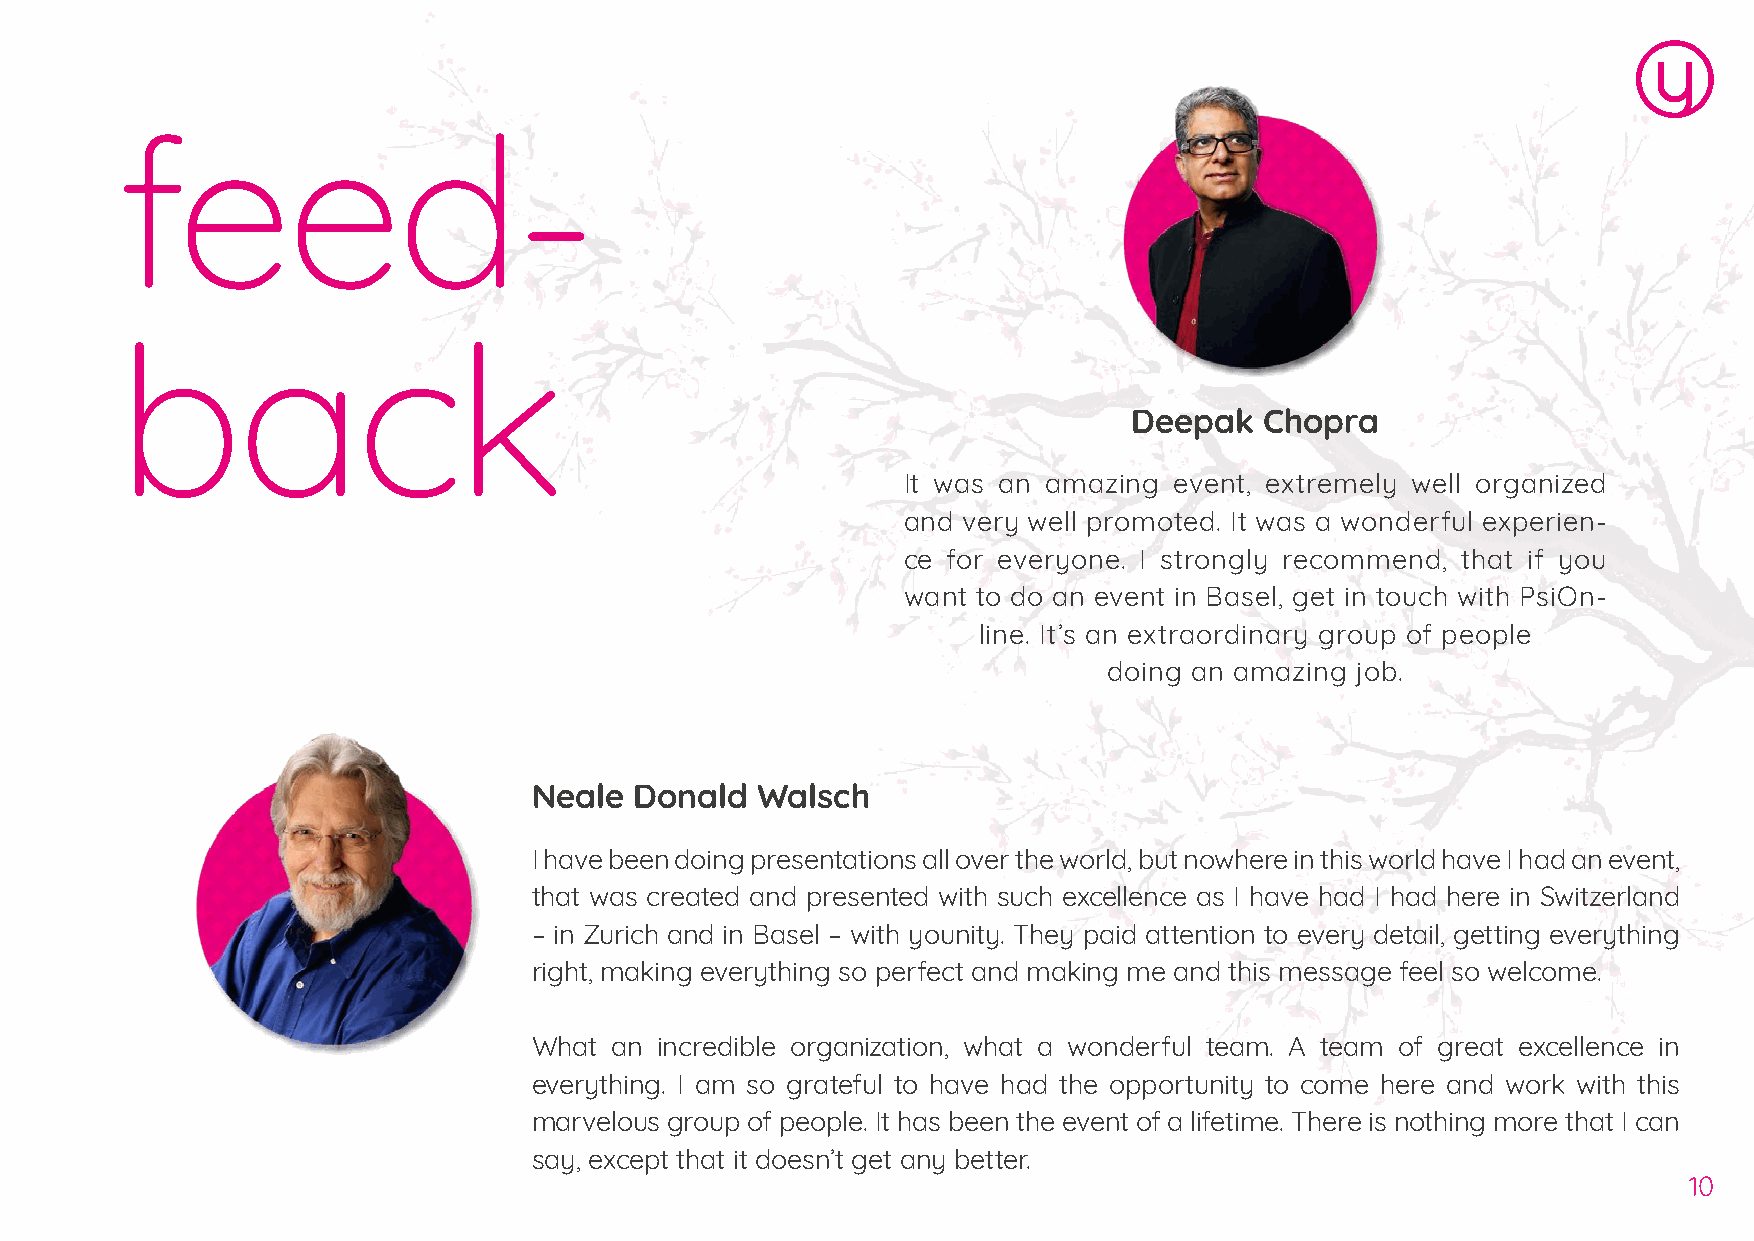
feed-
 back
 Deepak   Chopra
 It was an amazing event, extremely well organized
 and very well promoted. It was a wonderful experien-
 ce for everyone. I strongly recommend, that if you
 want to do an event in Basel, get in touch with PsiOn-
 line. It’s an extraordinary group of people
 doing an amazing job.
 Neale  Donald  Walsch
 I have been doing presentations all over the world, but nowhere in this world have I had an event,
 that was created and presented with such excellence as I have had I had here in Switzerland
 – in Zurich and in Basel – with younity. They paid attention to every detail, getting everything
 right, making everything so perfect and making me and this message feel so welcome.
 What  an incredible organization, what a wonderful team. A team of great excellence in
 everything. I am so grateful to have had the opportunity to come here and work with this
 marvelous group of people. It has been the event of a lifetime. There is nothing more that I can
 say, except that it doesn’t get any better.
 10